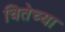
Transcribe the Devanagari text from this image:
चितेच्या